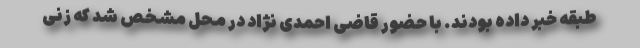
طبقه خبر داده بودند. با حضور قاضی احمدی نژاد در محل مشخص شد که زنی